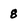
Character: 8